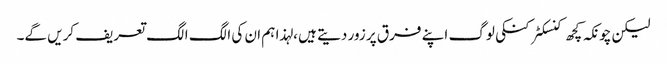
لیکن چونکہ کچھ کنسکٹر کنکی لوگ اپنے فرق پر زور دیتے ہیں ، لہذا ہم ان کی الگ الگ تعریف کریں گے۔